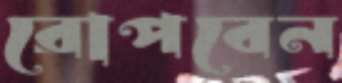
রোপবেন